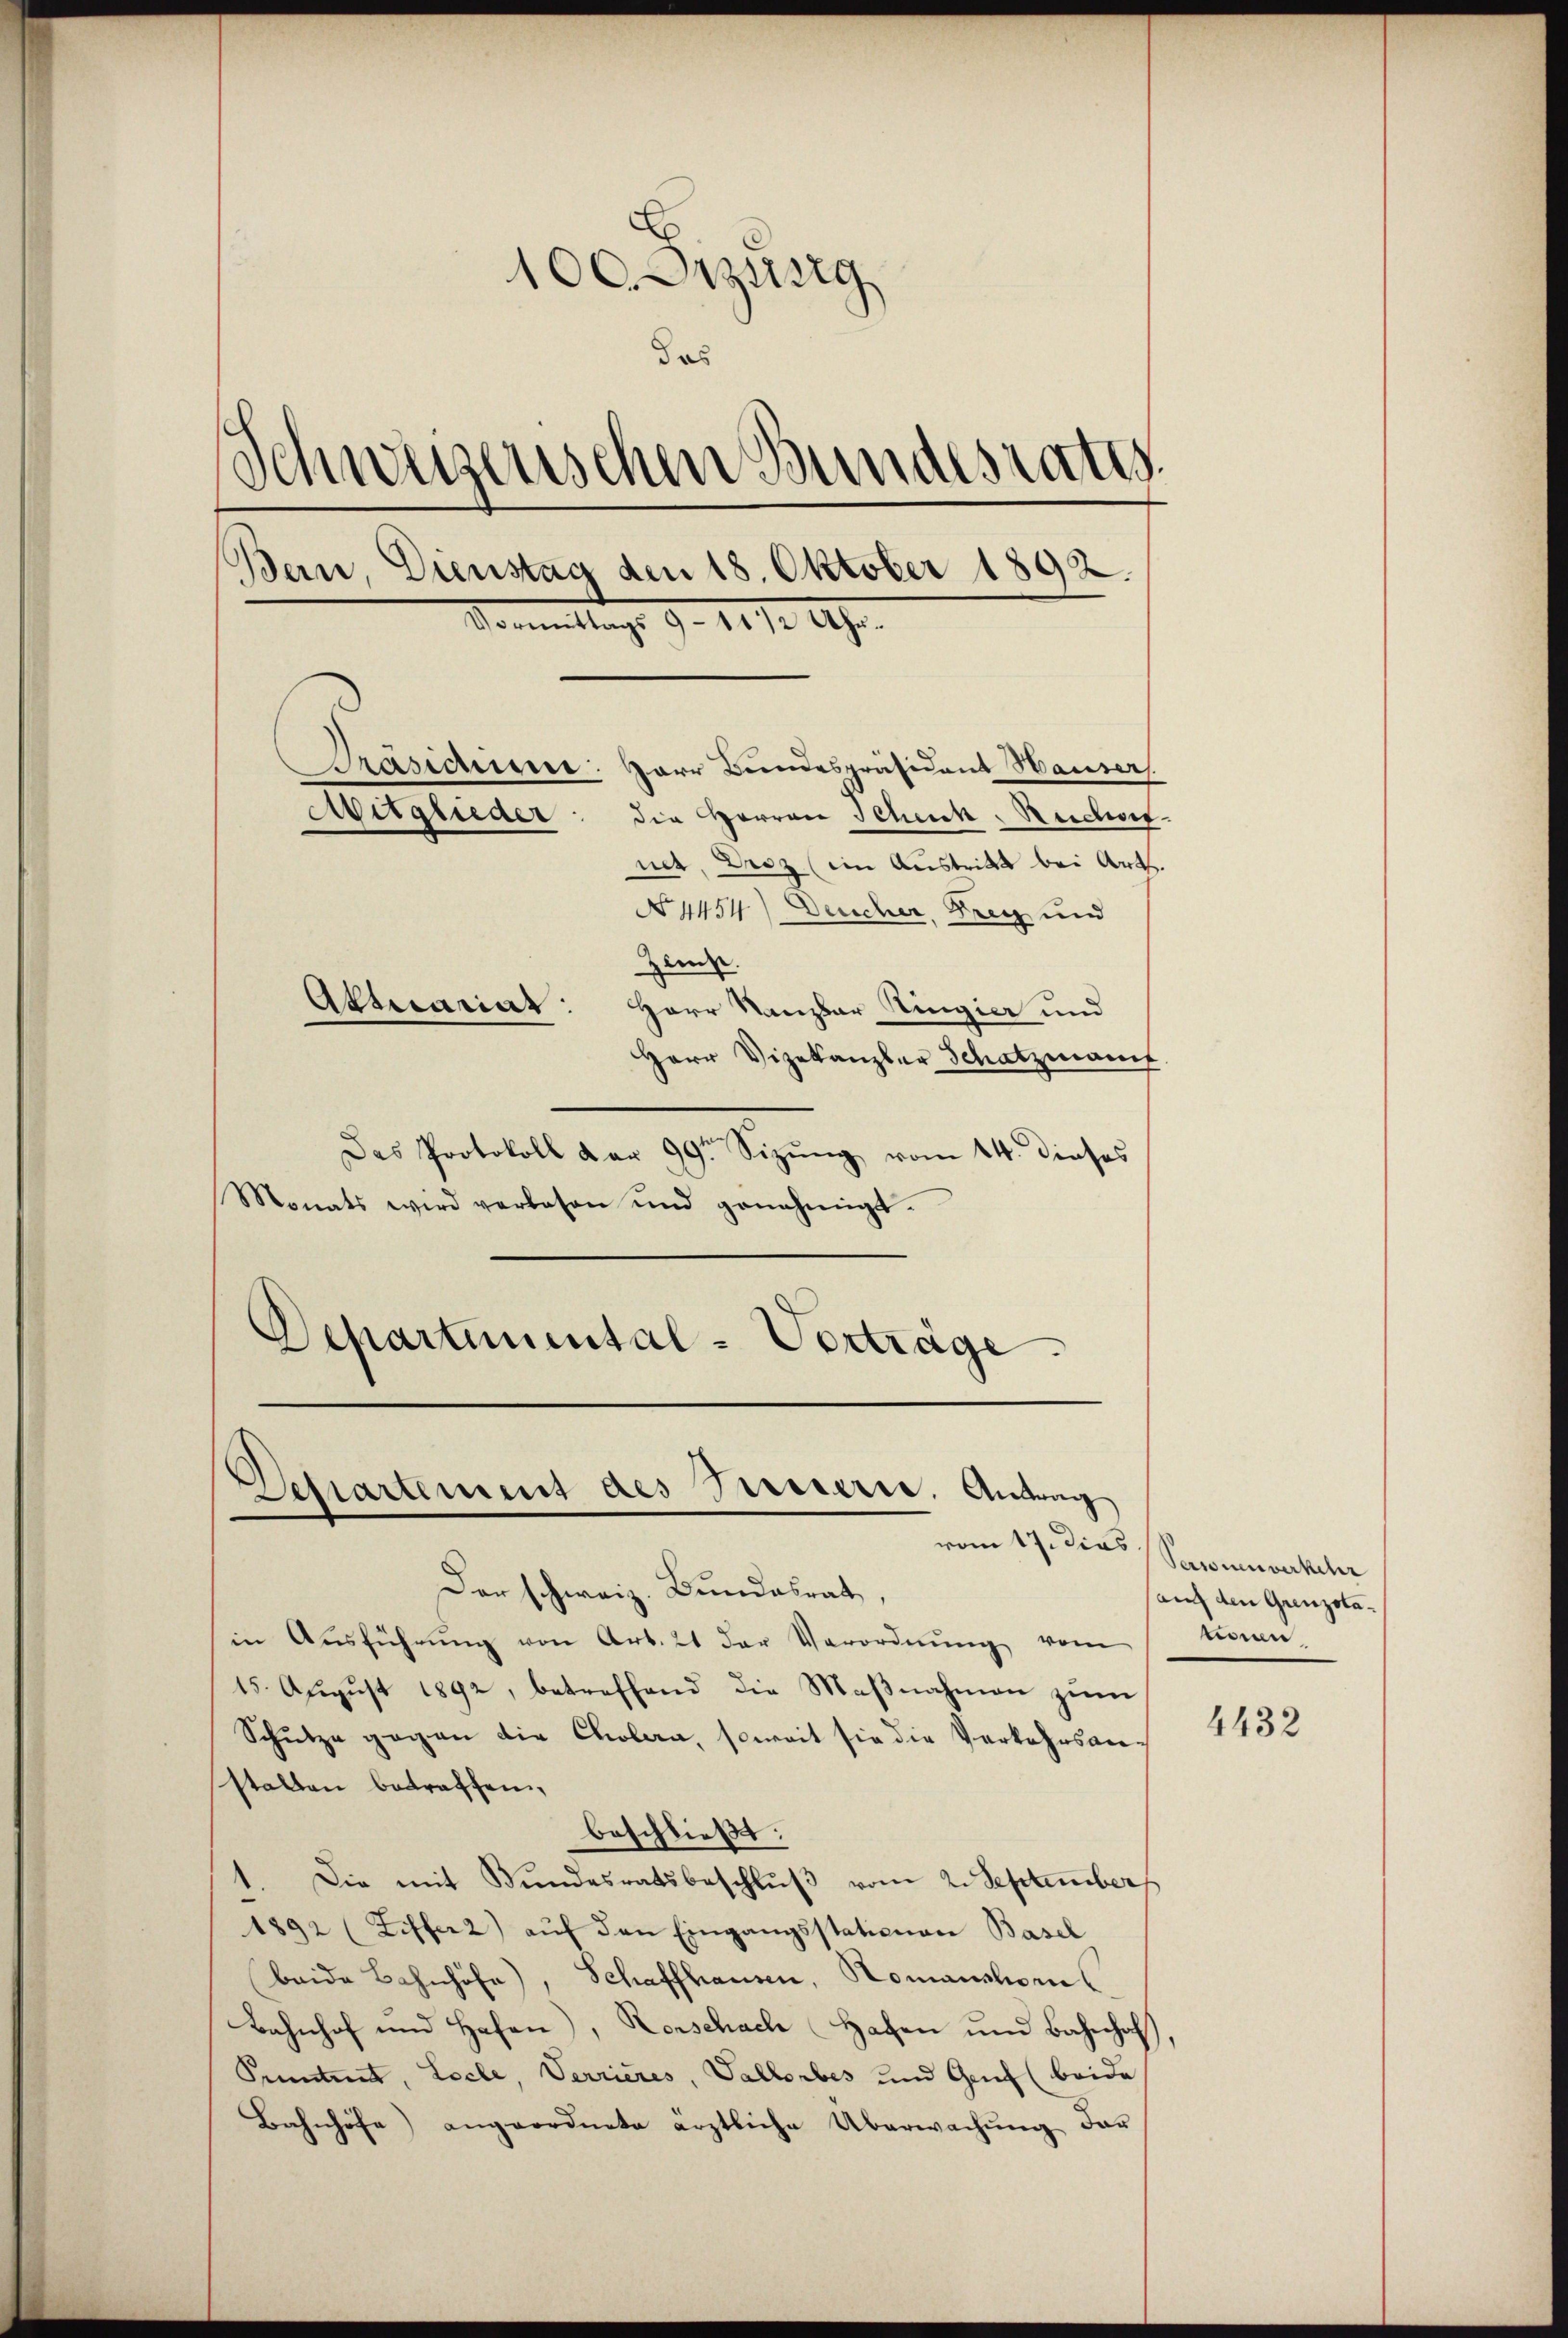
100. Dezing
das
Schwerzenschen Bundesrates.
Bern, Dienstag den 18. Oktober 1892.
Sonntags 9. 11. 12. 19.
Präsidene: Herr Bundespräsident Hauser.
Mitglieder: die Herren Schenk-Ruchet
net, Droz (im Austritt bei Art.
N 4454) Deucher, Drey und
Zieuse.
Alterariat: Herr Ranzbar Ringier und

Herr Vizekanzler Schatzmanif
Das Protokoll dar 99. Sizŭng vom 14. dieses
Monats wird verbesen und genehmigt.
Departimental-Verträge

Der schweiz. Bundesrat,
in Aŭsführŭng von Art. 21 der Verordnŭng vom
15. August 1892, betreffend die Maβnahmen zum
Schütze gegen die Cholera, soweit sie die Verkehrsan
statten betraffen,
beschließt:
1. Die mit Bundesratsbeschlŭβ vom 2. September
1892 (Ziffer 2) aŭf den Eingangsstationen Basel
(beide Bahnhöfe), Schaffhausen, Romanstoris
Bahnhof und Hafen), Rorschach Hafen und Bahnhof
Pimtrat, Locle, Verrieres, Vallorbes und Genf (beide
Bahnhöfe) angeordnete ärztliche Überwachŭng der

Dehartement des Susterie, Antrag

vom 17. dies Sanenverkehr
auch den Grenzolatieren

4432